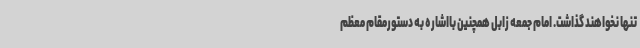
تنها نخواهند گذاشت. امام جمعه زابل همچنین بااشاره به دستورمقام معظم